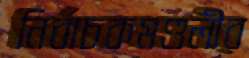
নির্বাচকমণ্ডলীর